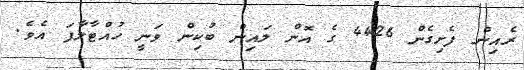
ރެއިން ފެށިގެން 4426 ގެ އޮން ލައިން ބުކިން ވަނީ ހުއްޓާލާފަ އެވެ.